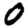
Digit: 0